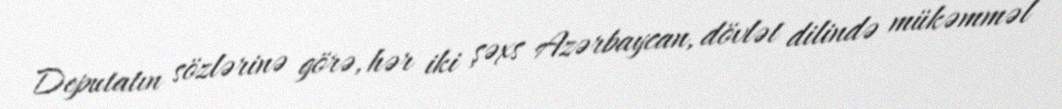
Deputatın sözlərinə görə, hər iki şəxs Azərbaycan, dövlət dilində mükəmməl